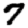
Digit: 7